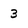
Character: 3